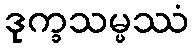
ဒုက္ခသမ္ဖဿံ